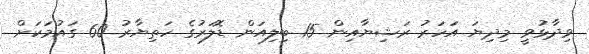
ވިދާޅުވީ މިދިޔަ އަހަރު ރަޝިޔާއިން 15 ބިލިއަން ޑޮލަރުގެ ހަތިޔާރު 60 ގައުމަކަށް